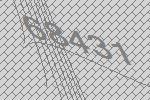
68431